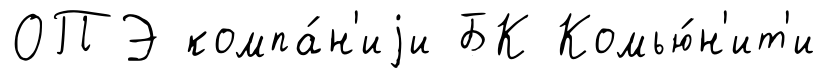
ОПЭ компа́н'иjи БК Комью́н'ит'и